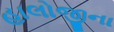
હાલોજીના